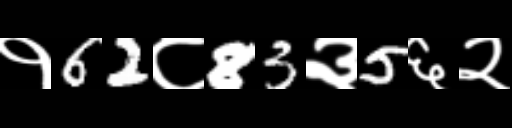
Text: १62८83३5६२